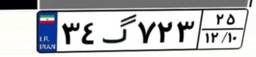
۳۴گ۷۲۳۲۵